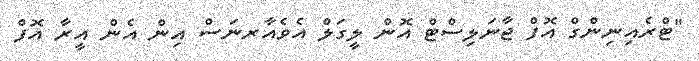
"ޓްރެއިނިންގް އޮފް ޖާނަލިސްޓް އޮން ލީގަލް އެވެއާރނަސް އިން އެން އީރާ އޮފް